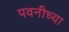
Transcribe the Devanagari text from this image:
पवनीच्या